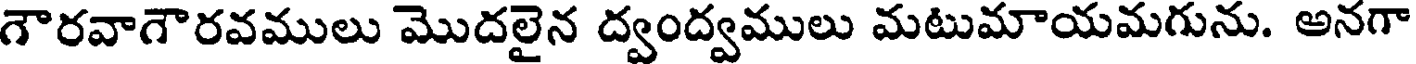
గౌరవాగౌరవములు మొదలైన ద్వంద్వములు మటుమాయమగును. అనగా